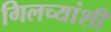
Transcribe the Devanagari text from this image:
गिलच्यांशी